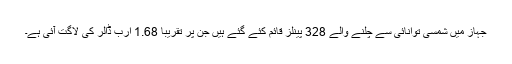
جہاز میں شمسی توانائی سے چلنے والے 328 پینلز قائم کئے گئے ہیں جن پر تقریباً 1.68 ارب ڈالر کی لاگت آئی ہے۔